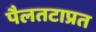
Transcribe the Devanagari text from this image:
पैलतटाप्रत